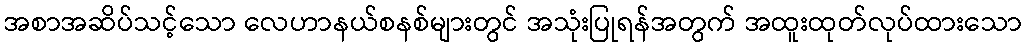
အစာအဆိပ်သင့်သော လေဟာနယ်စနစ်များတွင် အသုံးပြုရန်အတွက် အထူးထုတ်လုပ်ထားသော